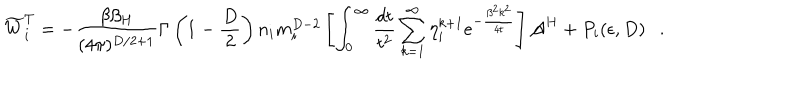
LaTeX: \widetilde { W } _ { i } ^ { T } = - { \frac { \beta \beta _ { H } } { ( 4 \pi ) ^ { D / 2 + 1 } } } \Gamma \left( 1 - \frac D 2 \right) n _ { i } m _ { i } ^ { D - 2 } \left[ \int _ { 0 } ^ { \infty } { \frac { d t } { t ^ { 2 } } } \sum _ { k = 1 } ^ { \infty } \eta _ { i } ^ { k + 1 } e ^ { - { \frac { \beta ^ { 2 } k ^ { 2 } } { 4 t } } } \right] { \cal A } ^ { H } + P _ { i } ( \epsilon , D ) .